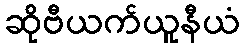
ဆိုဗီယက်ယူနီယံ